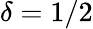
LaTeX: \delta={1}/{2}